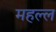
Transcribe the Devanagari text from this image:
महल्ल